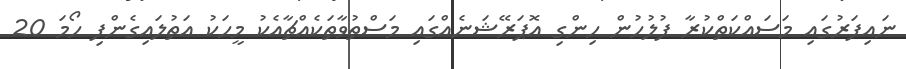
ނައިފަރުގައި މަސައްކަތްކުރާ ފުލުހުން ހިންގި އޮޕަރޭޝަނެއްގައި މަސްތުވާތަކެއްޗާއެކު މީހަކު އަތުލައިގެންފި ހޯމަ 20